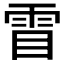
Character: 𮦋